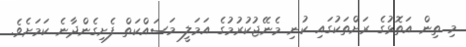
މި ތިން އަތޮޅުގެ ރަށްތަކުގައި ކުނި މެނޭޖުކުރުމުގެ އަމަލީ މަސައްކަތް ފެށިގެންދާނެ ކަމަށެވެ.